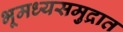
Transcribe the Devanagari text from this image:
भूमध्यसमुद्रात